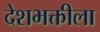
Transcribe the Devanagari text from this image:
देशभक्तीला